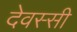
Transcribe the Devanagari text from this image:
देवस्सी